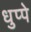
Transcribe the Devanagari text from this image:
धुप्पे